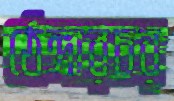
ঠেঙ্গারচর